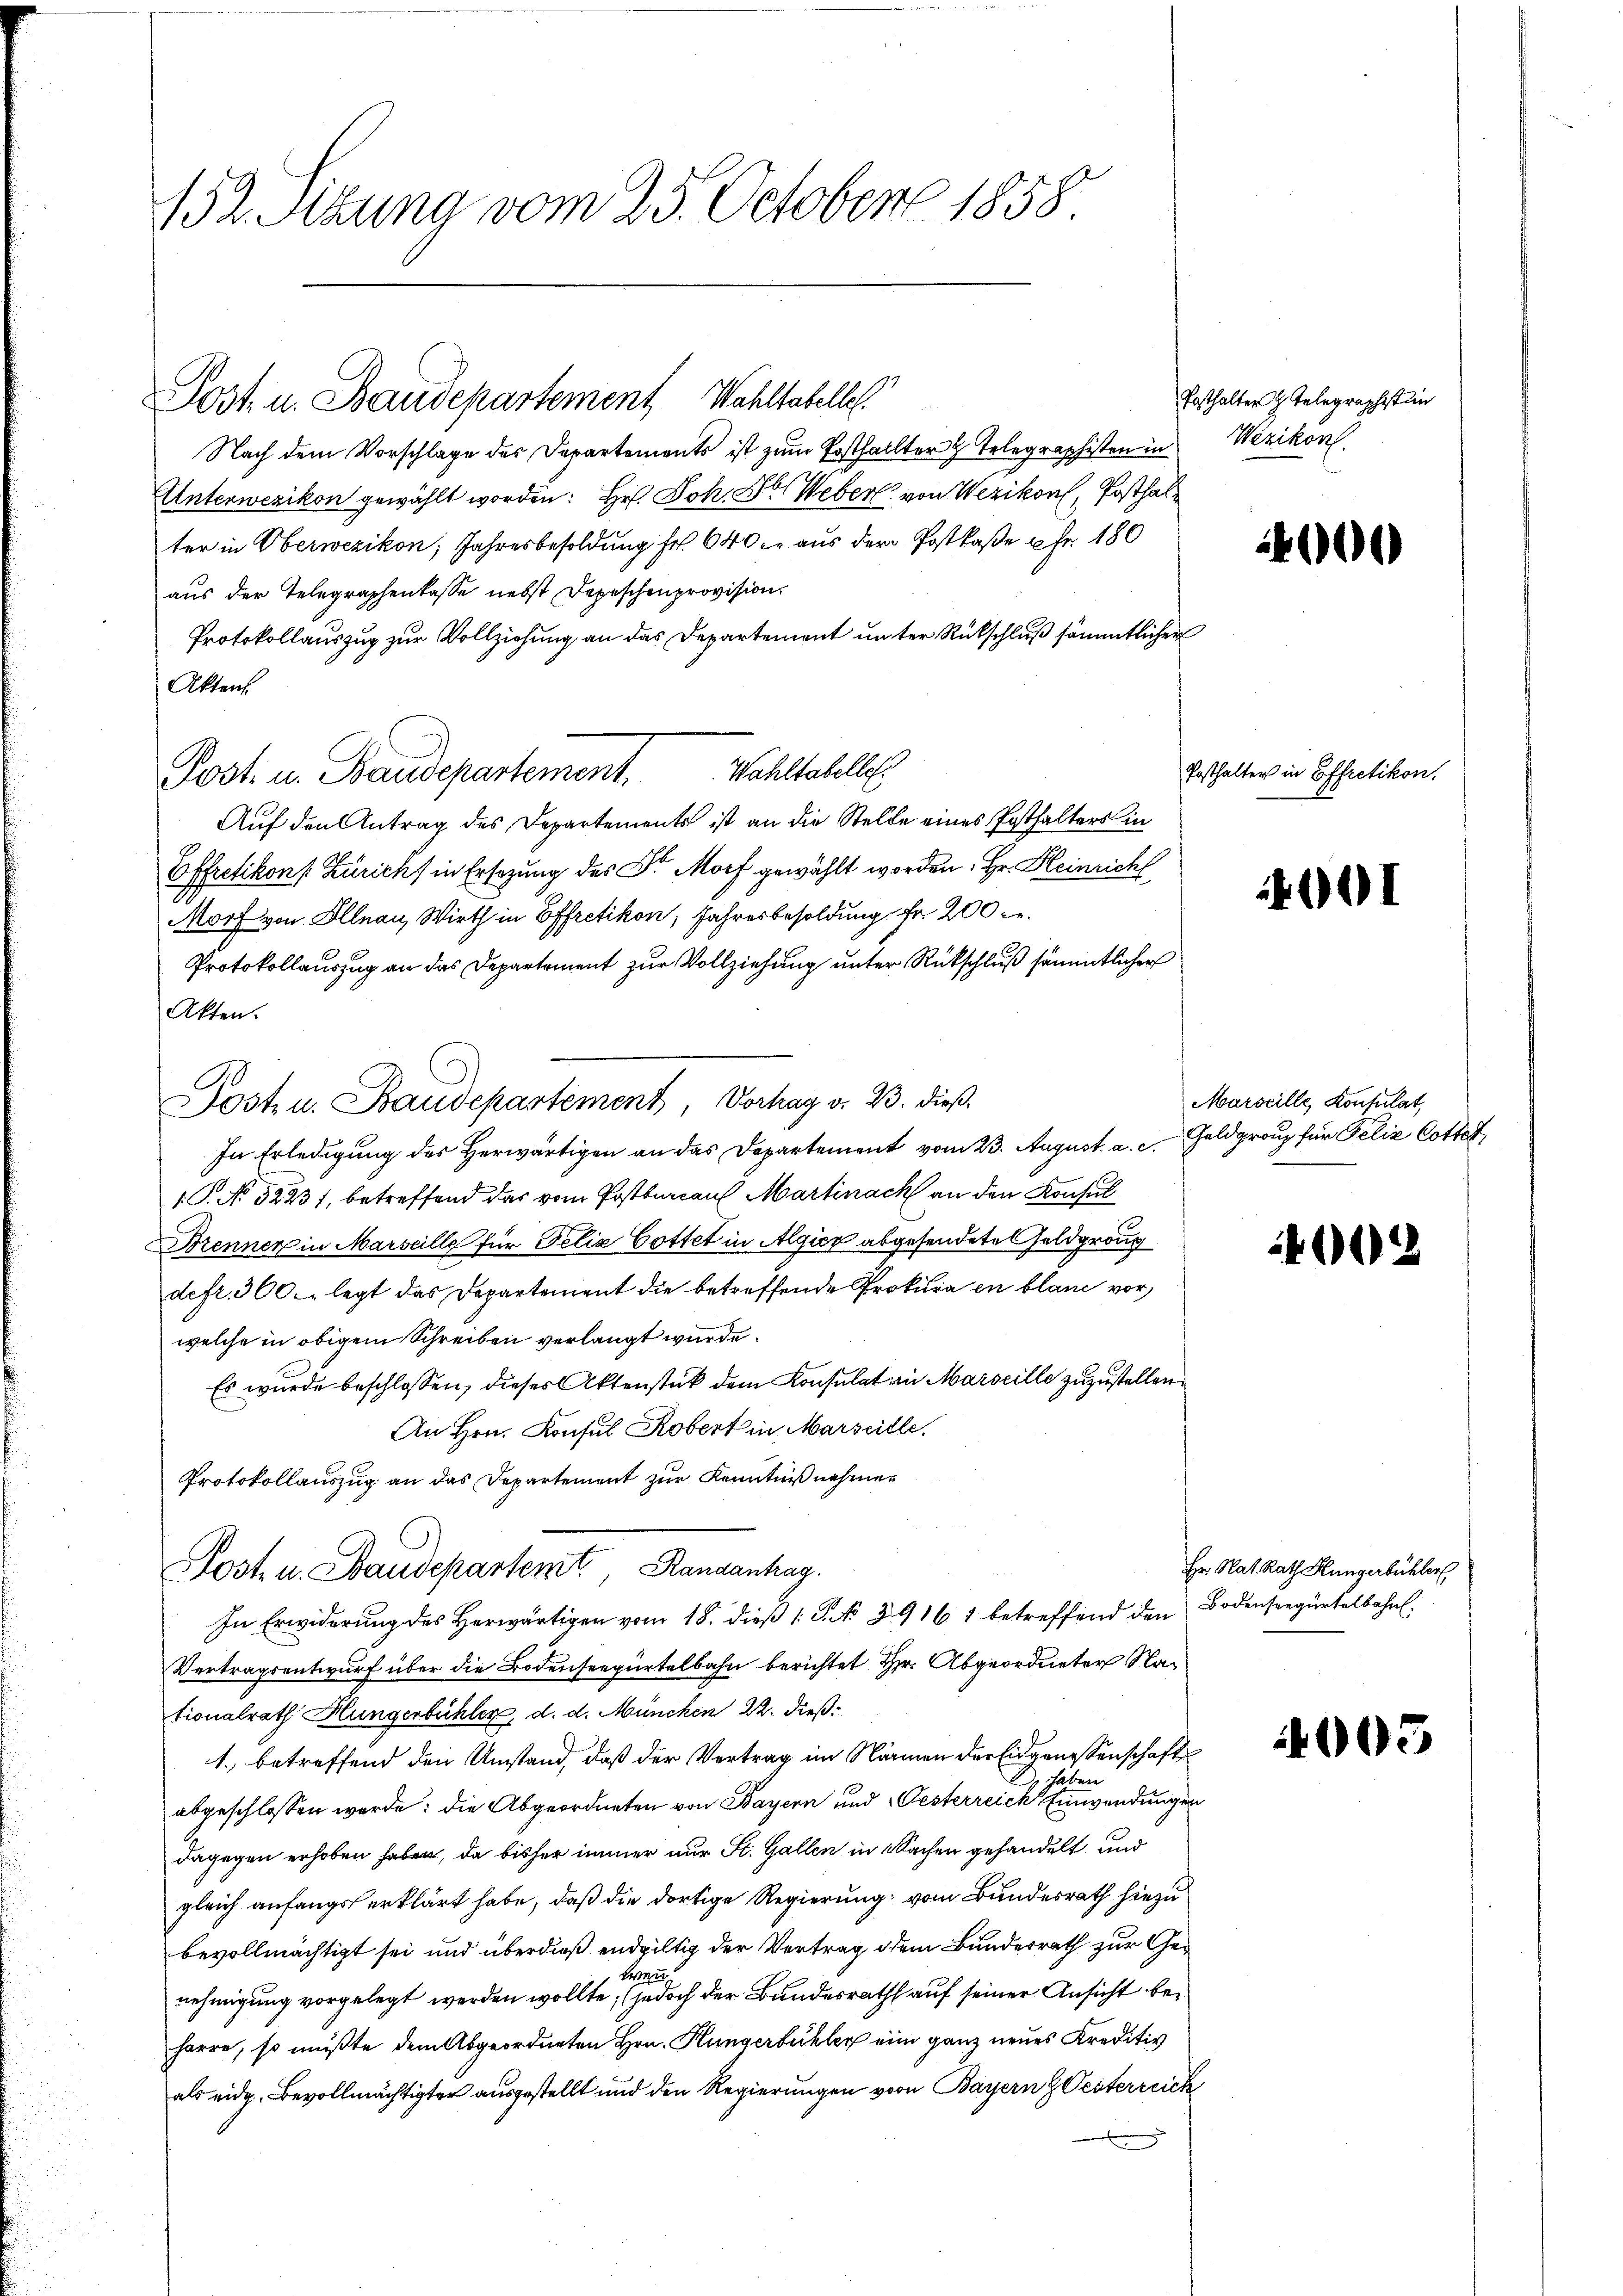
152. Sitzung vom 25. October 1858.

Post u. Baudepartement Wahltabelle.

Nach dem Vorschlage des Departements ist zum Posthallter Telegraphisten in
UUnterwezikon gewählt worden: Hr. Joh. So Weber, von Wezikon, Posthal
ter in Oberwezikon; Jahresbesoldung Fr. 640 c. aus der Postkase fr. 180
aus der Telegraphenkasse nebst Depeschenprovision.
Protokollauszug zur Vollziehung an das Departement unter Rückschluß sämmtlichen
Akten.
Auf den Antrag des Departements ist an die Stelle eines Posthalters in
Effretikons Zürich in Ersezung des Dr. Morf gewählt worden. Hr. Heinrich
Morf von Illnau, Wirth in Effretikon, Jahresbesoldung Fr. 200 re
Protokollauszug an das Departement zur Vollziehung unter Rückschluß sämmtlicher
Akten.
In Erledigung des Herwärtigen an das Departement vom 23. August a. c. Geldgrau für Felix Cotter
1. P. No 52231, betreffend das vom Postbarcaul Martinack an den Konsul
Brenner in Marseille für Felix Cottet in Algico abgesendete Geldgronz
defr. 300 legt das Departement die betreffende Prokura en blaue vor,
welche in obigem Schreiben verlangt wurde.
Es wurde beschlossen, dieses Aktenstück dem Konsulat in Marseille zuzustellen
An Hrn. Konsul Kobert in Marseille.
Protokollauszug an das Departement zur Kenntniß nehmen
Post u. Baudepartemt. Randanhag
In Erwiderung des Herwärtigen vom 18. dieß 1 S. No. 3916 1 betreffend den Bodenseegürtelbahn.
Vertragsentwurf über die Bodenseegürtelbahn berichtet Hr. Abgeordneter Nationalrath Hungenbühler, d. d. München 22. dieß:
1. betreffend den Umstand, daß der Vertrag im Namen der Eidgenossenschaft
7 haben
abgeschlossen werde: die Abgeordneten von Bayern und Oesterreich Einwendungen
dagegen erhoben haben, da bisher immer nur St. Gallen in Sachen gehandelt und
gleich anfangs erklärt habe, daß die dortige Regierung vom Bundesrath hiezu
bevollmächtigt sei und überdieß endgültig der Vertrag dem Bundesrath zur Ge¬
Berne
nehmigung vorgelegt werden wollte; jedoch der Bundesrath auf seiner Ansicht beharre, so mußte dem Abgeordneten Hrn. Hungerbühler eine ganz neues Kreditiv
als eidg. Bevollmächtigter ausgestellt und den Regierungen von Bayern Oesterreich

Post u. Baudepartement. Wohltahelle

Post u. Baudepartement, Vorhag v. 23. dieß

Enthalter h. Telegraphistin
Wezikon.

100

Posthalter in Effretikon.

I

Marseille, Konsulat,

4002

Hr. Nat. Rath Hungerbühler

4005